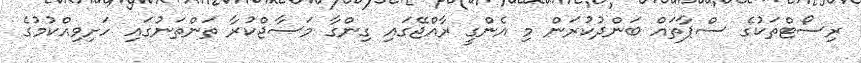
ރިސޯޓްތަކުގެ ސްޕާތައް ބަންދުކުރަން މި އެންގީ ރާއްޖޭގައި ގިންގާ މަސާޖްކުރާ ތަންތަނުގައި ހަށިވިއްކުމުގެ